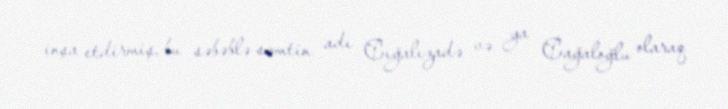
inşa etdirmiş, bu səbəblə səmtin adı Cığalızadə və ya Cağaloğlu olaraq